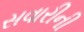
સવારીની